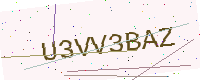
Text: U3VV3BAZ